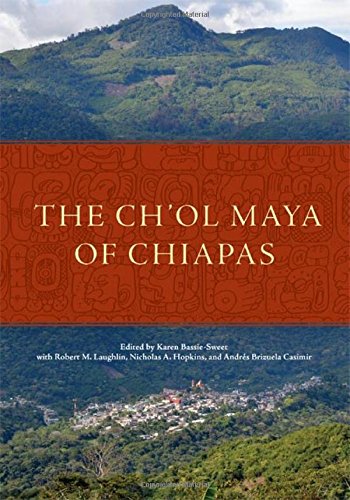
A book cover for The Ch'ol Maya of Chiapas; History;